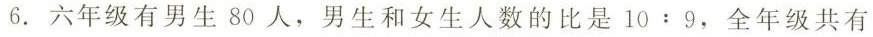
6.六年级有男生80人，男生和女生人数的比是10:9，全年级共有